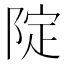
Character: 䧑